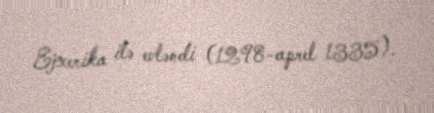
Ejxerika ilə evləndi (1298-aprel 1335).